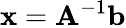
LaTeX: \mathbf{x}=\mathbf{A}^{-1}\mathbf{b}